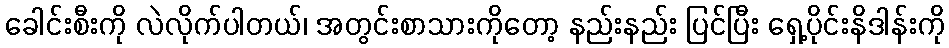
ခေါင်းစီးကို လဲလိုက်ပါတယ်၊ အတွင်းစာသားကိုတော့ နည်းနည်း ပြင်ပြီး ရှေ့ပိုင်းနိဒါန်းကို